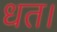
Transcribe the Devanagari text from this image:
धत।